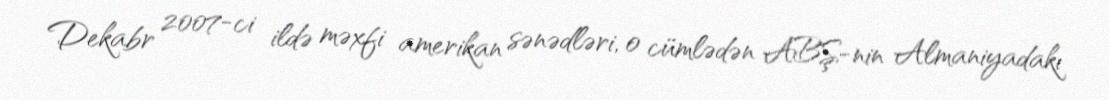
Dekabr 2007-ci ildə məxfi amerikan sənədləri, o cümlədən ABŞ-nin Almaniyadakı